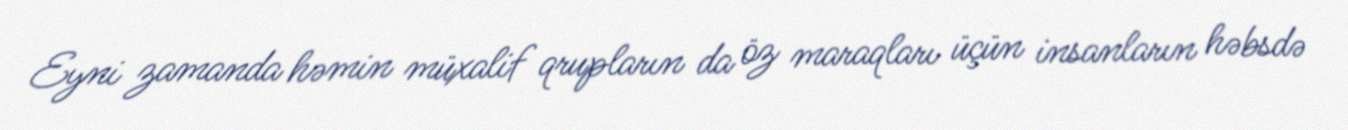
Eyni zamanda həmin müxalif qrupların da öz maraqları üçün insanların həbsdə